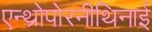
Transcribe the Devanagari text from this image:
एन्थ्रोपोरनीथिनाई